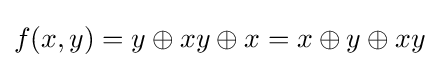
f(x,y)=y\oplus xy\oplus x=x\oplus y\oplus xy